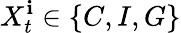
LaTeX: X_{t}^{\mathbf{i}}\in\{ C,I,G\}